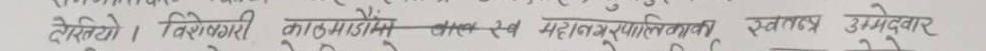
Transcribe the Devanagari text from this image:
तेसियो । विशेषगरी काठमाण्डौ-एकस्व महानगरपालिकामा स्वतन्त्र उमेदवार